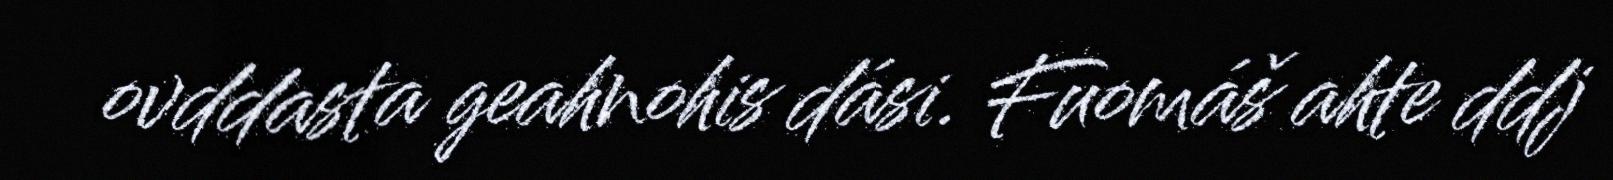
ovddasta geahnohis dási. Fuomáš ahte ddj